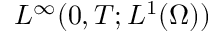
L ^ { \infty } ( 0 , T ; L ^ { 1 } ( \Omega ) )